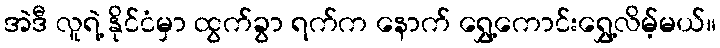
အဲဒီ လူရဲ့ နိုင်ငံမှာ ထွက်ခွာ ရက်က နောက် ရွှေ့ကောင်းရွှေ့လိမ့်မယ်။